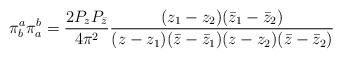
\begin{align*}\pi^a_b\pi^b_a = \frac{2 P_z P_{\bar z}}{4 \pi^2}\frac{(z_1 -z_2) (\bar z_1 - \bar z_2)}{(z - z_1)(\bar z -\bar z_1)( z - z_2)(\bar z -\bar z_2)}\end{align*}